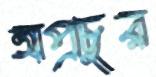
অপ্রচুর